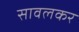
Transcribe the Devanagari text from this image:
सावलकर